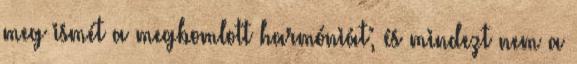
meg ismét a megbomlott harmóniát; és mindezt nem a